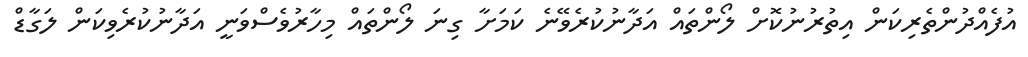
އުފެއްދުންތެރިކަން އިތުރުނުކޮށް ލޯންތައް އަދާނުކުރެވޭނެ ކަމަށާ ގިނަ ލޯންތައް މިހާރުވެސްވަނީ އަދާނުކުރެވިކަން ލަގާޑް